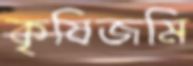
কৃষিজমি